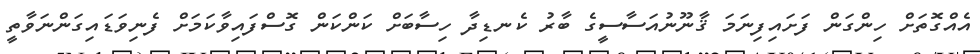
އެއްގޮތަށް ހިންގަން ފަށައިފިނަމަ ޤާނޫނުއަސާސީގެ ބާރު ކެނޑިދާ ހިސާބަށް ކަންކަން ގޮސްފައިވާކަމަށް ފެނިވަޑައިގަންނަވާތީ